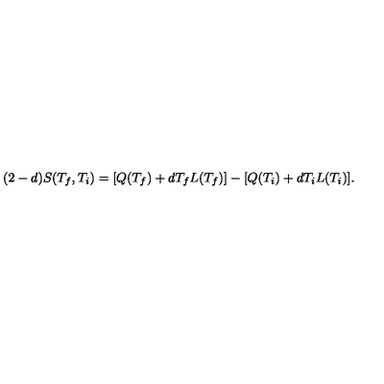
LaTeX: ( 2 - d ) S ( T _ { f } , T _ { i } ) = [ Q ( T _ { f } ) + d T _ { f } L ( T _ { f } ) ] - [ Q ( T _ { i } ) + d T _ { i } L ( T _ { i } ) ] .